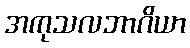
အကုသလဘာဂိယာ